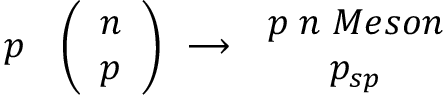
\begin{array} { c } { { p \; } } \end{array} \left( \begin{array} { c } { { n } } \\ { { p } } \end{array} \right) \begin{array} { c } { { \longrightarrow } } \end{array} \begin{array} { c } { { p \; n \; M e s o n } } \\ { { p _ { s p } } } \end{array}